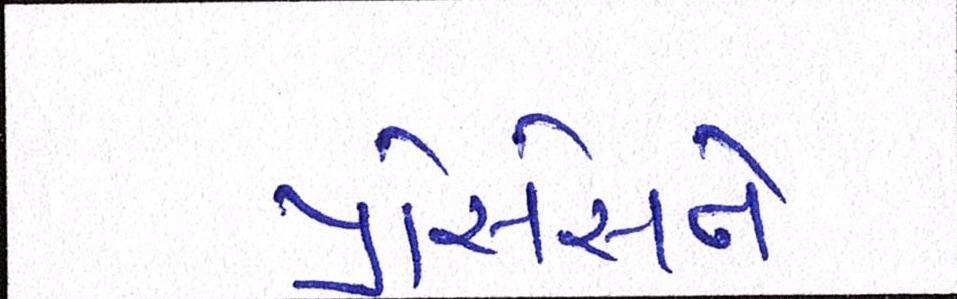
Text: પ્રોસેસને